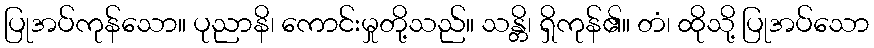
ပြုအပ်ကုန်သော။ ပုညာနိ၊ ကောင်းမှုတို့သည်။ သန္တိ၊ ရှိကုန်၏။ တံ၊ ထိုသို့ ပြုအပ်သော